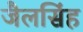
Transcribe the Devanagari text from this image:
जैलसिंह